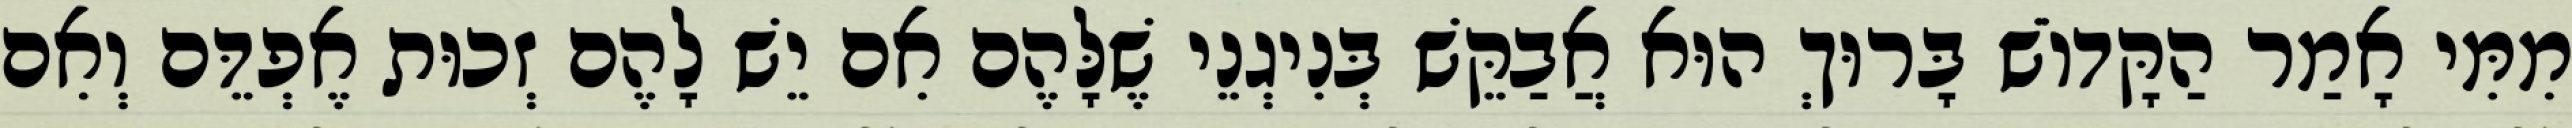
מִמִּי אָמַר הַקָּדוֹשׁ בָּרוּךְ הוּא אֲבַקֵּשׁ בְּנִיגְנֵי שֶׁלָּהֶם אִם יֵשׁ לָהֶם זְכוּת אֶפְדֵּם וְאִם